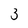
Character: 3